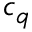
c _ { q }